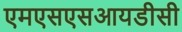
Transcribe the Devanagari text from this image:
एमएसएसआयडीसी